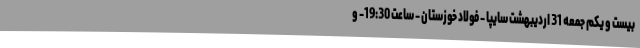
بیست و یکم جمعه 31 اردیبهشت سایپا - فولاد خوزستان - ساعت 19:30- و